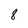
Character: 8